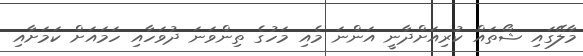
މާލޭގައި ޝޯތައް ކުރިއަށްދާނީ އަންނަ މެއި މަހުގެ ތިންވަނަ ދުވަހާއި ހަމައަށް ކަމަށާއި